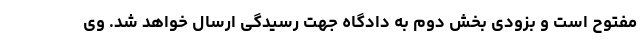
مفتوح است و بزودی بخش دوم به دادگاه جهت رسیدگی ارسال خواهد شد. وی